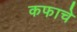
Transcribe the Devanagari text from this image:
कफाचे